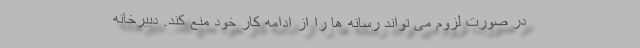
در صورت لزوم می تواند رسانه ها را از ادامه کار خود منع کند. دبیرخانه